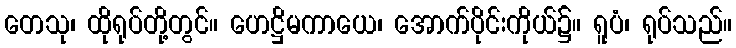
တေသု၊ ထိုရုပ်တို့တွင်။ ဟေဋ္ဌိမကာယေ၊ အောက်ပိုင်းကိုယ်၌။ ရူပံ၊ ရုပ်သည်။